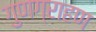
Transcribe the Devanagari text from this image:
गुणग्राहण